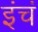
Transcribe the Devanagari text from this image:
इंचं